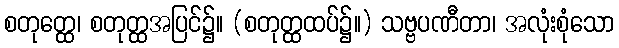
စတုတ္ထေ၊ စတုတ္ထအပြင်၌။ (စတုတ္ထထပ်၌။) သဗ္ဗပဏီတာ၊ အလုံးစုံသော